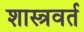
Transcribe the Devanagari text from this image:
शास्त्रवर्त